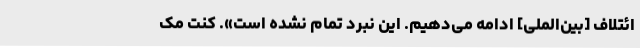
ائتلاف [بین‌الملی] ادامه می‌دهیم. این نبرد تمام نشده است». کنت مک